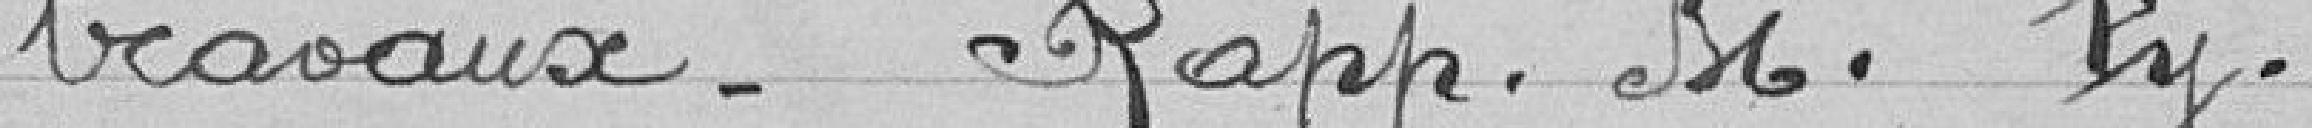
travaux - rapporteur monsieur Py